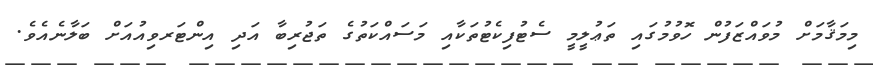
މިމަޤާމަށް މުވައްްޒަފުން ހޮވުމުގައި ތަޢުލީމީ ސެޓުފިކެޓުތަކާއި މަސައްކަތުގެ ތަޖުރިބާ އަދި އިންޓަރވިއުއަށް ބަލާނެއެވެ.